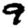
Digit: 9